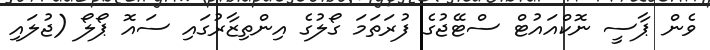
ވެން ޕާސީ ނޮކްއައުޓް ސްޓޭޖުގެ ފުރަތަމަ ގޯލުގެ އިންތިޒާރުގައި ސައޮ ޕޯލޯ (ޖުލައި